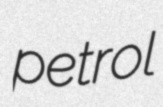
petrol